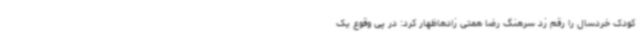
کودک خردسال را رقم زد سرهنگ رضا همتی زادهاظهار کرد: در پی وقوع یک